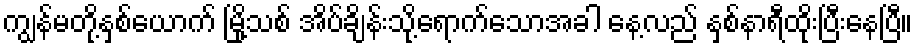
ကျွန်မတို့နှစ်ယောက် မြို့သစ် အိပ်ချိန်းသို့ရောက်သောအခါ နေ့လည် နှစ်နာရီထိုးပြီးနေပြီ။